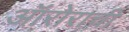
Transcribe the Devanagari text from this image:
ऑरोराची